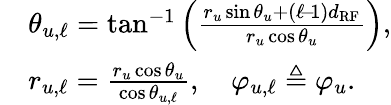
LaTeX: \begin{array}{rl}&{\theta_{u,\ell}=\tan^{-1}\Big(\frac{r_{u}\sin\theta_{u}+(\ell\! -\! 1)d_{\mathrm{RF}}}{r_{u}\cos\theta_{u}}\Big),}\\ &{r_{u,\ell}=\frac{r_{u}\cos\theta_{u}}{\cos\theta_{u,\ell}},\quad\varphi_{u,\ell}\triangleq\varphi_{u}.}\end{array}